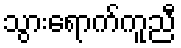
သွားရောက်ကူညီ